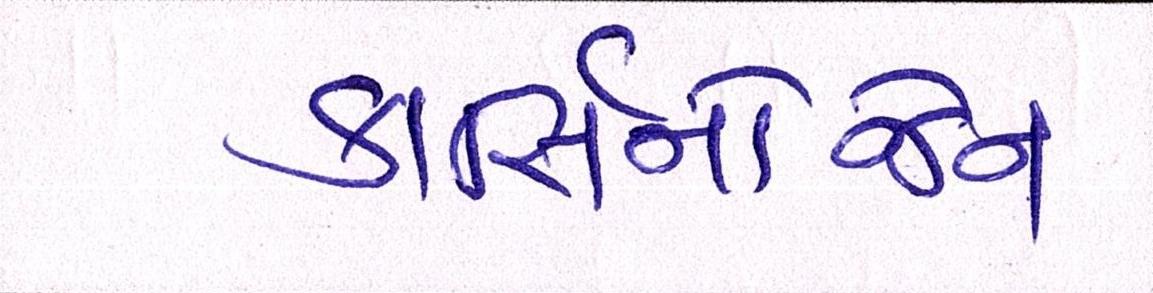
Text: કાર્સિનોજેન